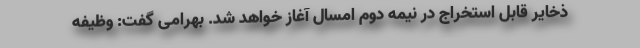
ذخایر قابل‌ استخراج در نیمه دوم امسال آغاز خواهد شد. بهرامی گفت: وظیفه